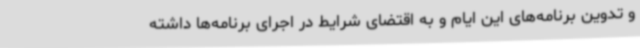
و تدوین برنامه‌های این ایام و به اقتضای شرایط در اجرای برنامه‌ها داشته